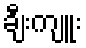
ချီးကျူး